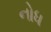
નોધ